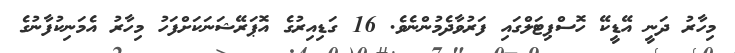
މިހާރު ދަނީ އޭޑީކޭ ހޮސްޕިޓަލްގައި ފަރުވާދެމުންނެވެ. 16 ގަޑިއިރުގެ އޮޕަރޭޝަނަކަށްފަހު މިހާރު އެމަނިކުފާނުގެ